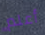
أعلم